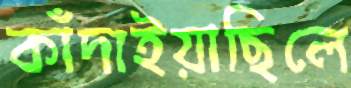
কাঁদাইয়াছিলে